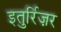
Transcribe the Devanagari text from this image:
इतुर्रिज़र